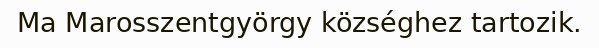
Ma Marosszentgyörgy községhez tartozik.